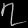
Digit: ၇